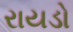
રાયડો